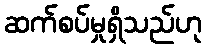
ဆက်စပ်မှုရှိသည်ဟု